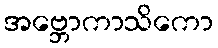
အဗ္ဘောကာသိကော